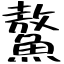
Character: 鰲